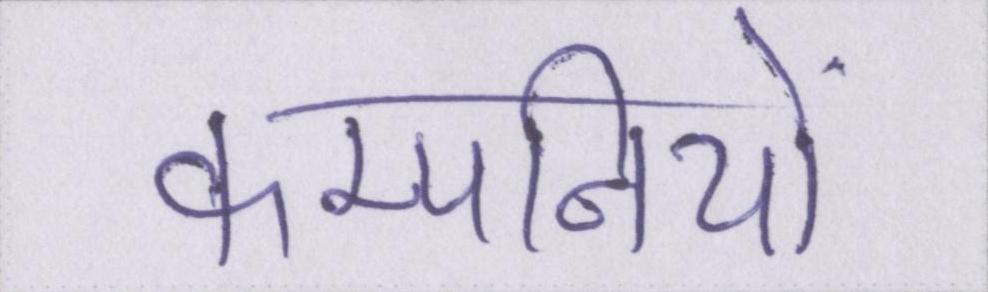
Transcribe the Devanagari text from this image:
कम्पनियों